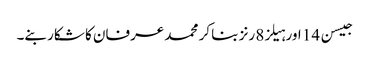
جیسن 14 اور ہیلز8 رنز بنا کر محمد عرفان کا شکار بنے۔